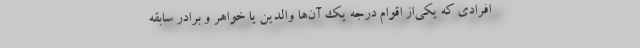
افرادی که یکی‌از اقوام درجه یک آن‌ها والدین یا خواهر و برادر سابقه